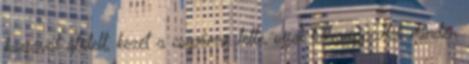
karjával átölelt, kezét a csípőmre tette, ujjai belesüppedtek minden